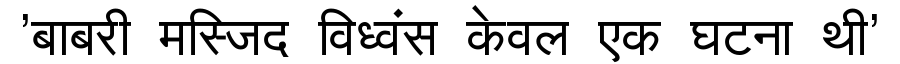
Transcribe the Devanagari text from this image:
'बाबरी मस्जिद विध्वंस केवल एक घटना थी'